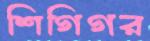
শিগিগর